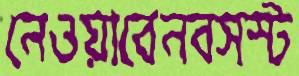
নেওয়াবেনবসস্ট